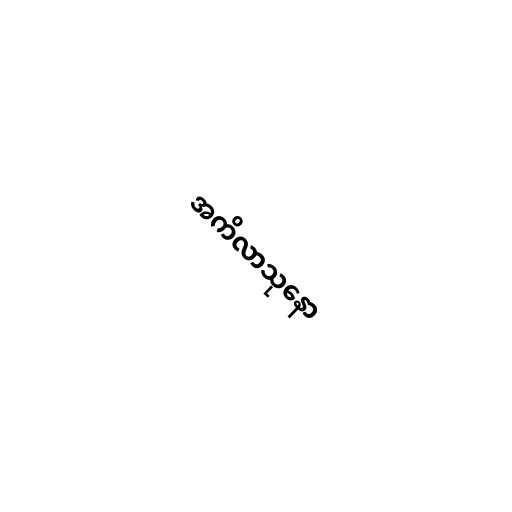
အကိလာသုနော